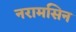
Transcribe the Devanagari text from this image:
नरामसिन